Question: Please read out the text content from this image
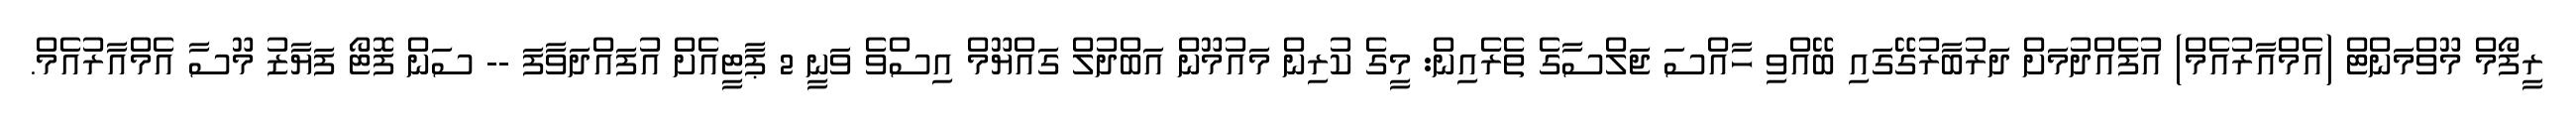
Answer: ރީފޯމް މޫވްމަންޓް (އެމްއާރުއެމް) އުފެއްދުމަށް ދަރުބާރުގޭގައި ބޭއްވި ހާއްސަ ޖަލްސާގެ ތެރެއިން: މީގެ ކުރިން މައުމޫން އަބްދުލް ގައްޔޫމް އިސްވެ ވަނީ 2 ޕާޓީއެށް އުފައްދަވާފަ -- ސަން ފޮޓޯ ފަޔާޒު މޫސާ އެމްއާރުއެމް.